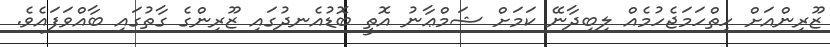
ޒޫރިންއަށް ހިތްހަމަޖެހުމެއް ލިބިދާނޭ ކަމަށް ޝަމްޢާނު އޮތީ ބޮޑުއެނދުގައި ޒޫރިންގެ ގާތުގައި ބާއްވަފައެވެ.